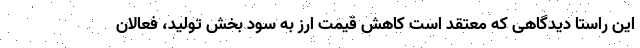
این راستا دیدگاهی که معتقد است کاهش قیمت ارز به سود بخش تولید، فعالان